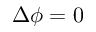
\Delta \phi = 0